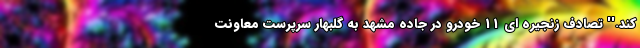
کند.'' تصادف زنجیره ای 11 خودرو در جاده مشهد به گلبهار سرپرست معاونت